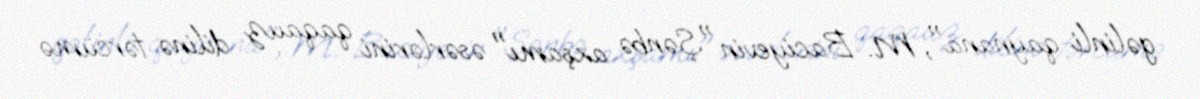
gəlinli qaynana", M. Baciyevin "Şənbə axşamı" əsərlərini qaqauz dilinə tərcümə